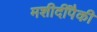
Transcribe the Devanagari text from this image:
मशीदींपैकी